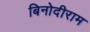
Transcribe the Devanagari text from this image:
बिनोदीराम